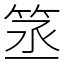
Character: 䇰